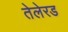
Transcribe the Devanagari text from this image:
तेलेरड